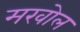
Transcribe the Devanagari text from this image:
मखोल